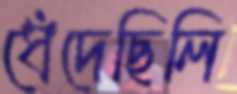
ধেঁদেছিলি